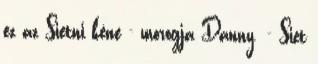
ez az Sietni kéne - morogja Danny. - Siet